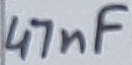
Text: 47nF